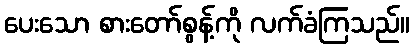
ပေးသော စားတော်စွန့်ကို လက်ခံကြသည်။